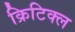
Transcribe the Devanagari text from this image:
क्रिटिक्ल